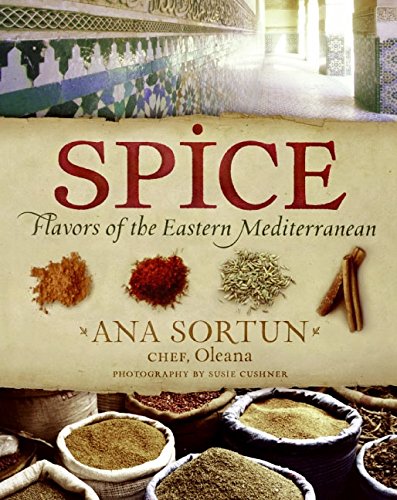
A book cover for Spice: Flavors of the Eastern Mediterranean; Ana Sortun; Cookbooks, Food & Wine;